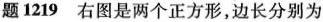
题1219 右图是两个正方形，边长分别为